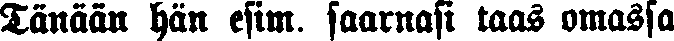
Tänään hän esim. saarnasi taas omassa